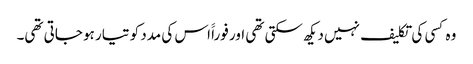
وہ کسی کی تکلیف نہیں دیکھ سکتی تھی اور فوراََ اس کی مدد کو تیار ہو جاتی تھی۔